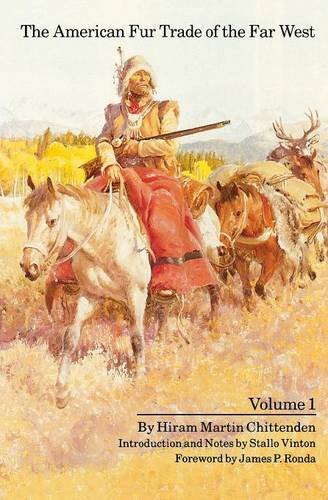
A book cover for The American Fur Trade of the Far West, Vol. 1; Hiran Martin Chittenden; Business & Money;